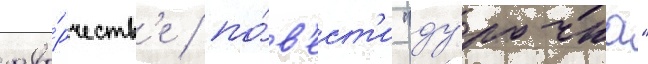
тво́рчеств'е / по́в'ест'и "ду́рочка"